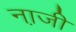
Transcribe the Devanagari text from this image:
ना़जी